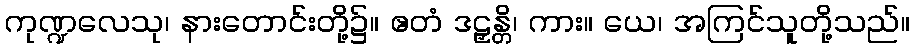
ကုဏ္ဍလေသု၊ နားတောင်းတို့၌။ ဧတံ ဒဠှန္တိ၊ ကား။ ယေ၊ အကြင်သူတို့သည်။